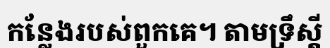
កន្លែងរបស់ពួកគេ។ តាមទ្រឹស្តី